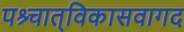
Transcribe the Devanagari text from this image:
पश्र्चात्‌विकासवागद